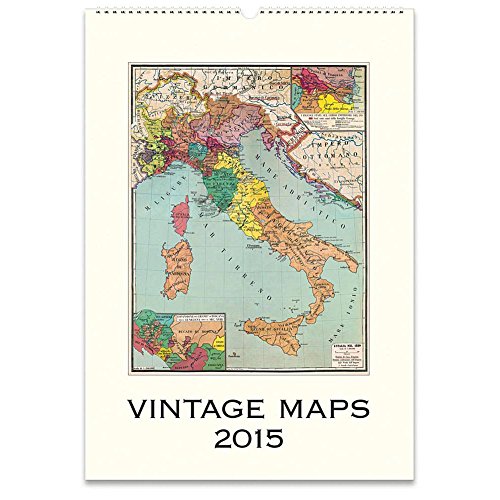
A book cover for Vintage Maps 2015 Wall Calendar by Cavallini; Calendars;